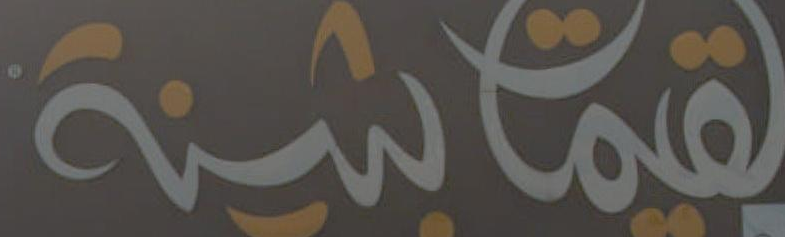
لقماشينة